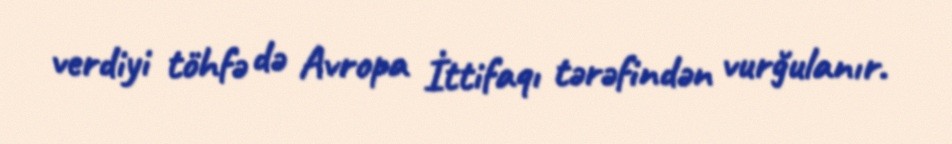
verdiyi töhfə də Avropa İttifaqı tərəfindən vurğulanır.